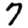
Digit: 7